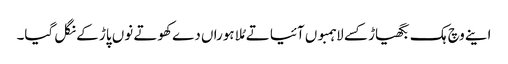
اینے وچ ہک بگھیاڑ کسے لاہمبوں آئیا تے مُلا ہوراں دے کھوتے نوں پاڑ کے نگل گیا۔